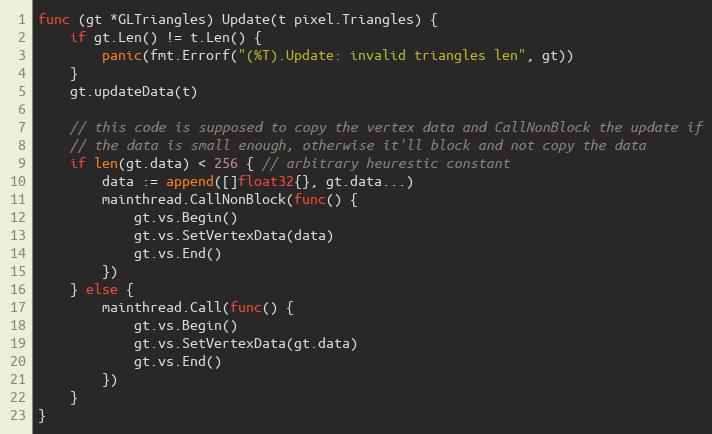
Language: Go
func (gt *GLTriangles) Update(t pixel.Triangles) {
	if gt.Len() != t.Len() {
		panic(fmt.Errorf("(%T).Update: invalid triangles len", gt))
	}
	gt.updateData(t)

	// this code is supposed to copy the vertex data and CallNonBlock the update if
	// the data is small enough, otherwise it'll block and not copy the data
	if len(gt.data) < 256 { // arbitrary heurestic constant
		data := append([]float32{}, gt.data...)
		mainthread.CallNonBlock(func() {
			gt.vs.Begin()
			gt.vs.SetVertexData(data)
			gt.vs.End()
		})
	} else {
		mainthread.Call(func() {
			gt.vs.Begin()
			gt.vs.SetVertexData(gt.data)
			gt.vs.End()
		})
	}
}